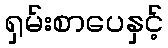
ရှမ်းစာပေနှင့်